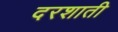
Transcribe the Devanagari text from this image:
दरशाती